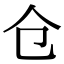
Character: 仓